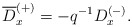
\begin{align*}\overline{D}_{x}^{(+)}=-q^{-1}D_{x}^{(-)}.\end{align*}